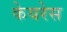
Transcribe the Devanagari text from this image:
केयरेस